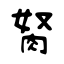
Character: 胬